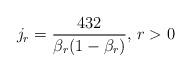
LaTeX: \begin{align*}j_r=\frac{432}{\beta_r(1-\beta_r)}\textrm{, }r>0\end{align*}